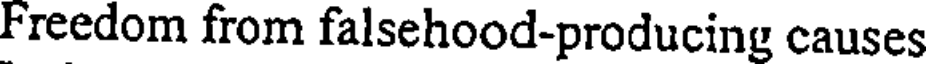
Freedom from falsehood-producing causes